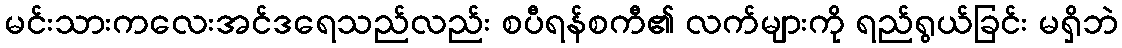
မင်းသားကလေးအင်ဒရေသည်လည်း စပီရန်စကီ၏ လက်များကို ရည်ရွယ်ခြင်း မရှိဘဲ